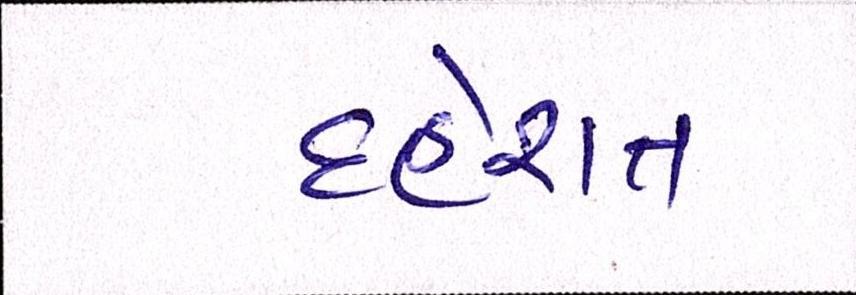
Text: દહેશત